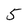
Character: 5